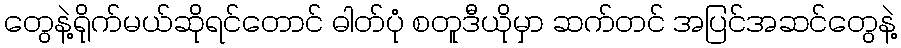
တွေနဲ့ရိုက်မယ်ဆိုရင်တောင် ဓါတ်ပုံ စတူဒီယိုမှာ ဆက်တင် အပြင်အဆင်တွေနဲ့